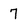
Character: 7